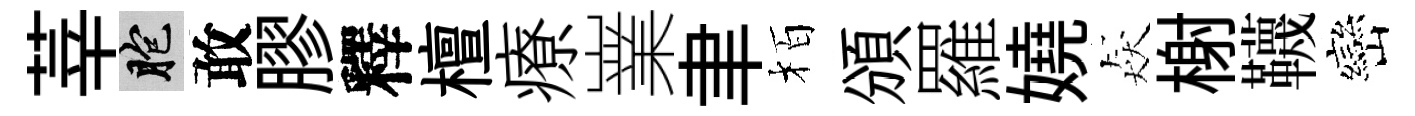
莘胞敢膠釋檀療嶪聿栢頒羅嬈猋榭韈巒